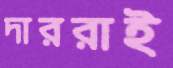
দাররাই